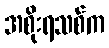
အစိုးရသစ်က